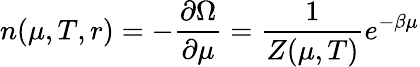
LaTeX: n(\mu,T,r)=-\frac{\partial\Omega}{\partial\mu}=\frac{1}{Z(\mu,T)}e^{-\beta\mu}